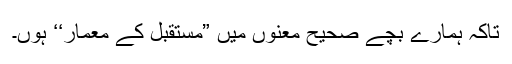
تاکہ ہمارے بچے صحیح معنوں میں ”مستقبل کے معمار‘‘ ہوں۔